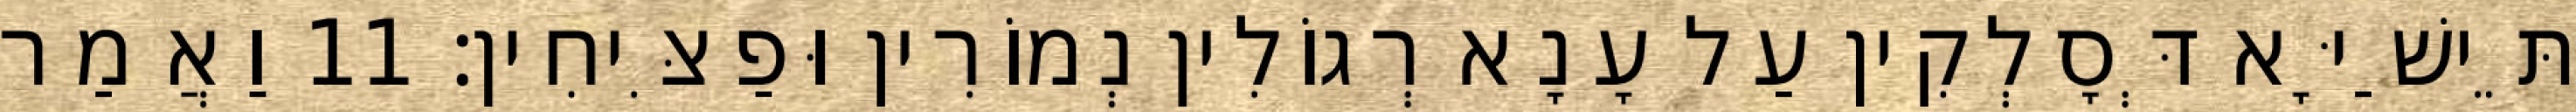
תֵּישַׁיָּא דְּסָלְקִין עַל עָנָא רְגוֹלִין נְמוֹרִין וּפַצִּיחִין׃ 11 וַאֲמַר